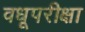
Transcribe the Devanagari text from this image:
वधूपरीक्षा